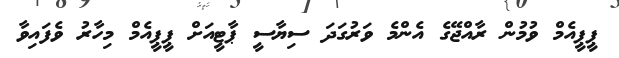
ޕީޕީއެމް ވުމުން ރާއްޖޭގެ އެންމެ ވަރުގަދަ ސިޔާސީ ޕާޓީއަށް ޕީޕީއެމް މިހާރު ވެފައިވާ